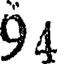
94